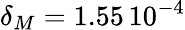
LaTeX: \delta_{M}=1.55\, 10^{-4}